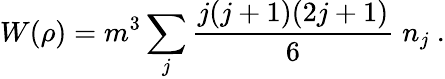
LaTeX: W{(\rho)}=m^{3}\sum_{j}\frac{j(j+1)(2j+1)}{6}\; n_{j}\ .